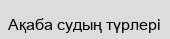
Ақаба судың түрлері